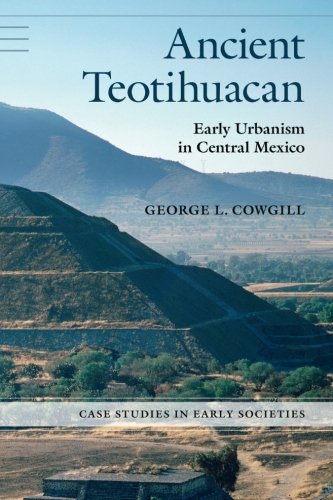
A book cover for Ancient Teotihuacan: Early Urbanism in Central Mexico (Case Studies in Early Societies); George L. Cowgill; History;